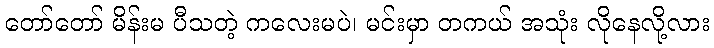
တော်တော် မိန်းမ ပီသတဲ့ ကလေးမပဲ၊ မင်းမှာ တကယ် အသုံး လိုနေလို့လား